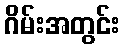
ဂိမ်းအတွင်း